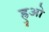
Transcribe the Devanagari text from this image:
ह्रुओ